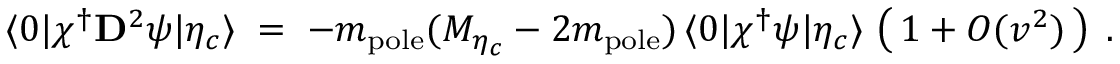
\langle 0 | \chi ^ { \dagger } { \bf D } ^ { 2 } \psi | \eta _ { c } \rangle \; = \; - m _ { \mathrm { p o l e } } ( M _ { \eta _ { c } } - 2 m _ { \mathrm { p o l e } } ) \, \langle 0 | \chi ^ { \dagger } \psi | \eta _ { c } \rangle \, \left( \, 1 + O ( v ^ { 2 } ) \, \right) \; .